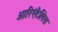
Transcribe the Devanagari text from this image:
ओरिएंटैलिस